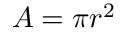
A = \pi r ^ { 2 }